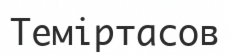
Теміртасов